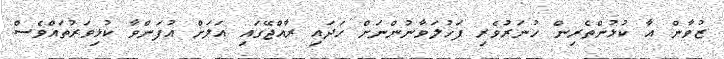
ޒުވާން އާ ކުޅުންތެރިން ހުނަރުވެރި ފަހުލަވާނުންނަށް ހަދައި ރާއްޖޭގައި އަލަށް އުފަންވާ ކުޅިވަރުތައްވެސް